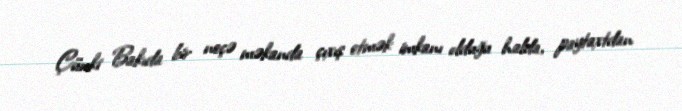
Çünki Bakıda bir neçə məkanda çıxış etmək imkanı olduğu halda, paytaxtdan